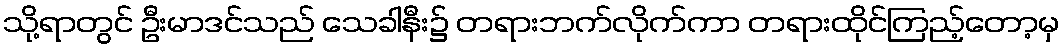
သို့ရာတွင် ဦးမာဒင်သည် သေခါနီး၌ တရားဘက်လိုက်ကာ တရားထိုင်ကြည့်တော့မှ